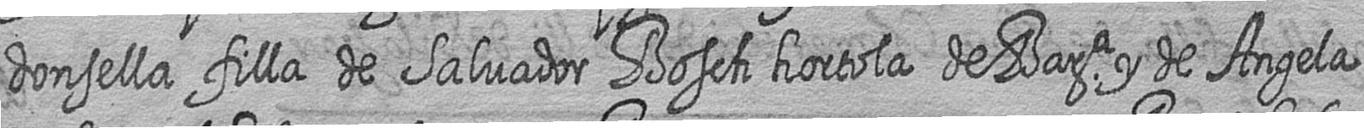
donsella filla de Salvador Bosch hortola de Bara y de Angela